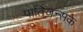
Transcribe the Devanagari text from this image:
पार्तिज़न्सके